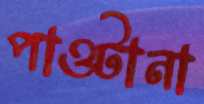
পাওটানা